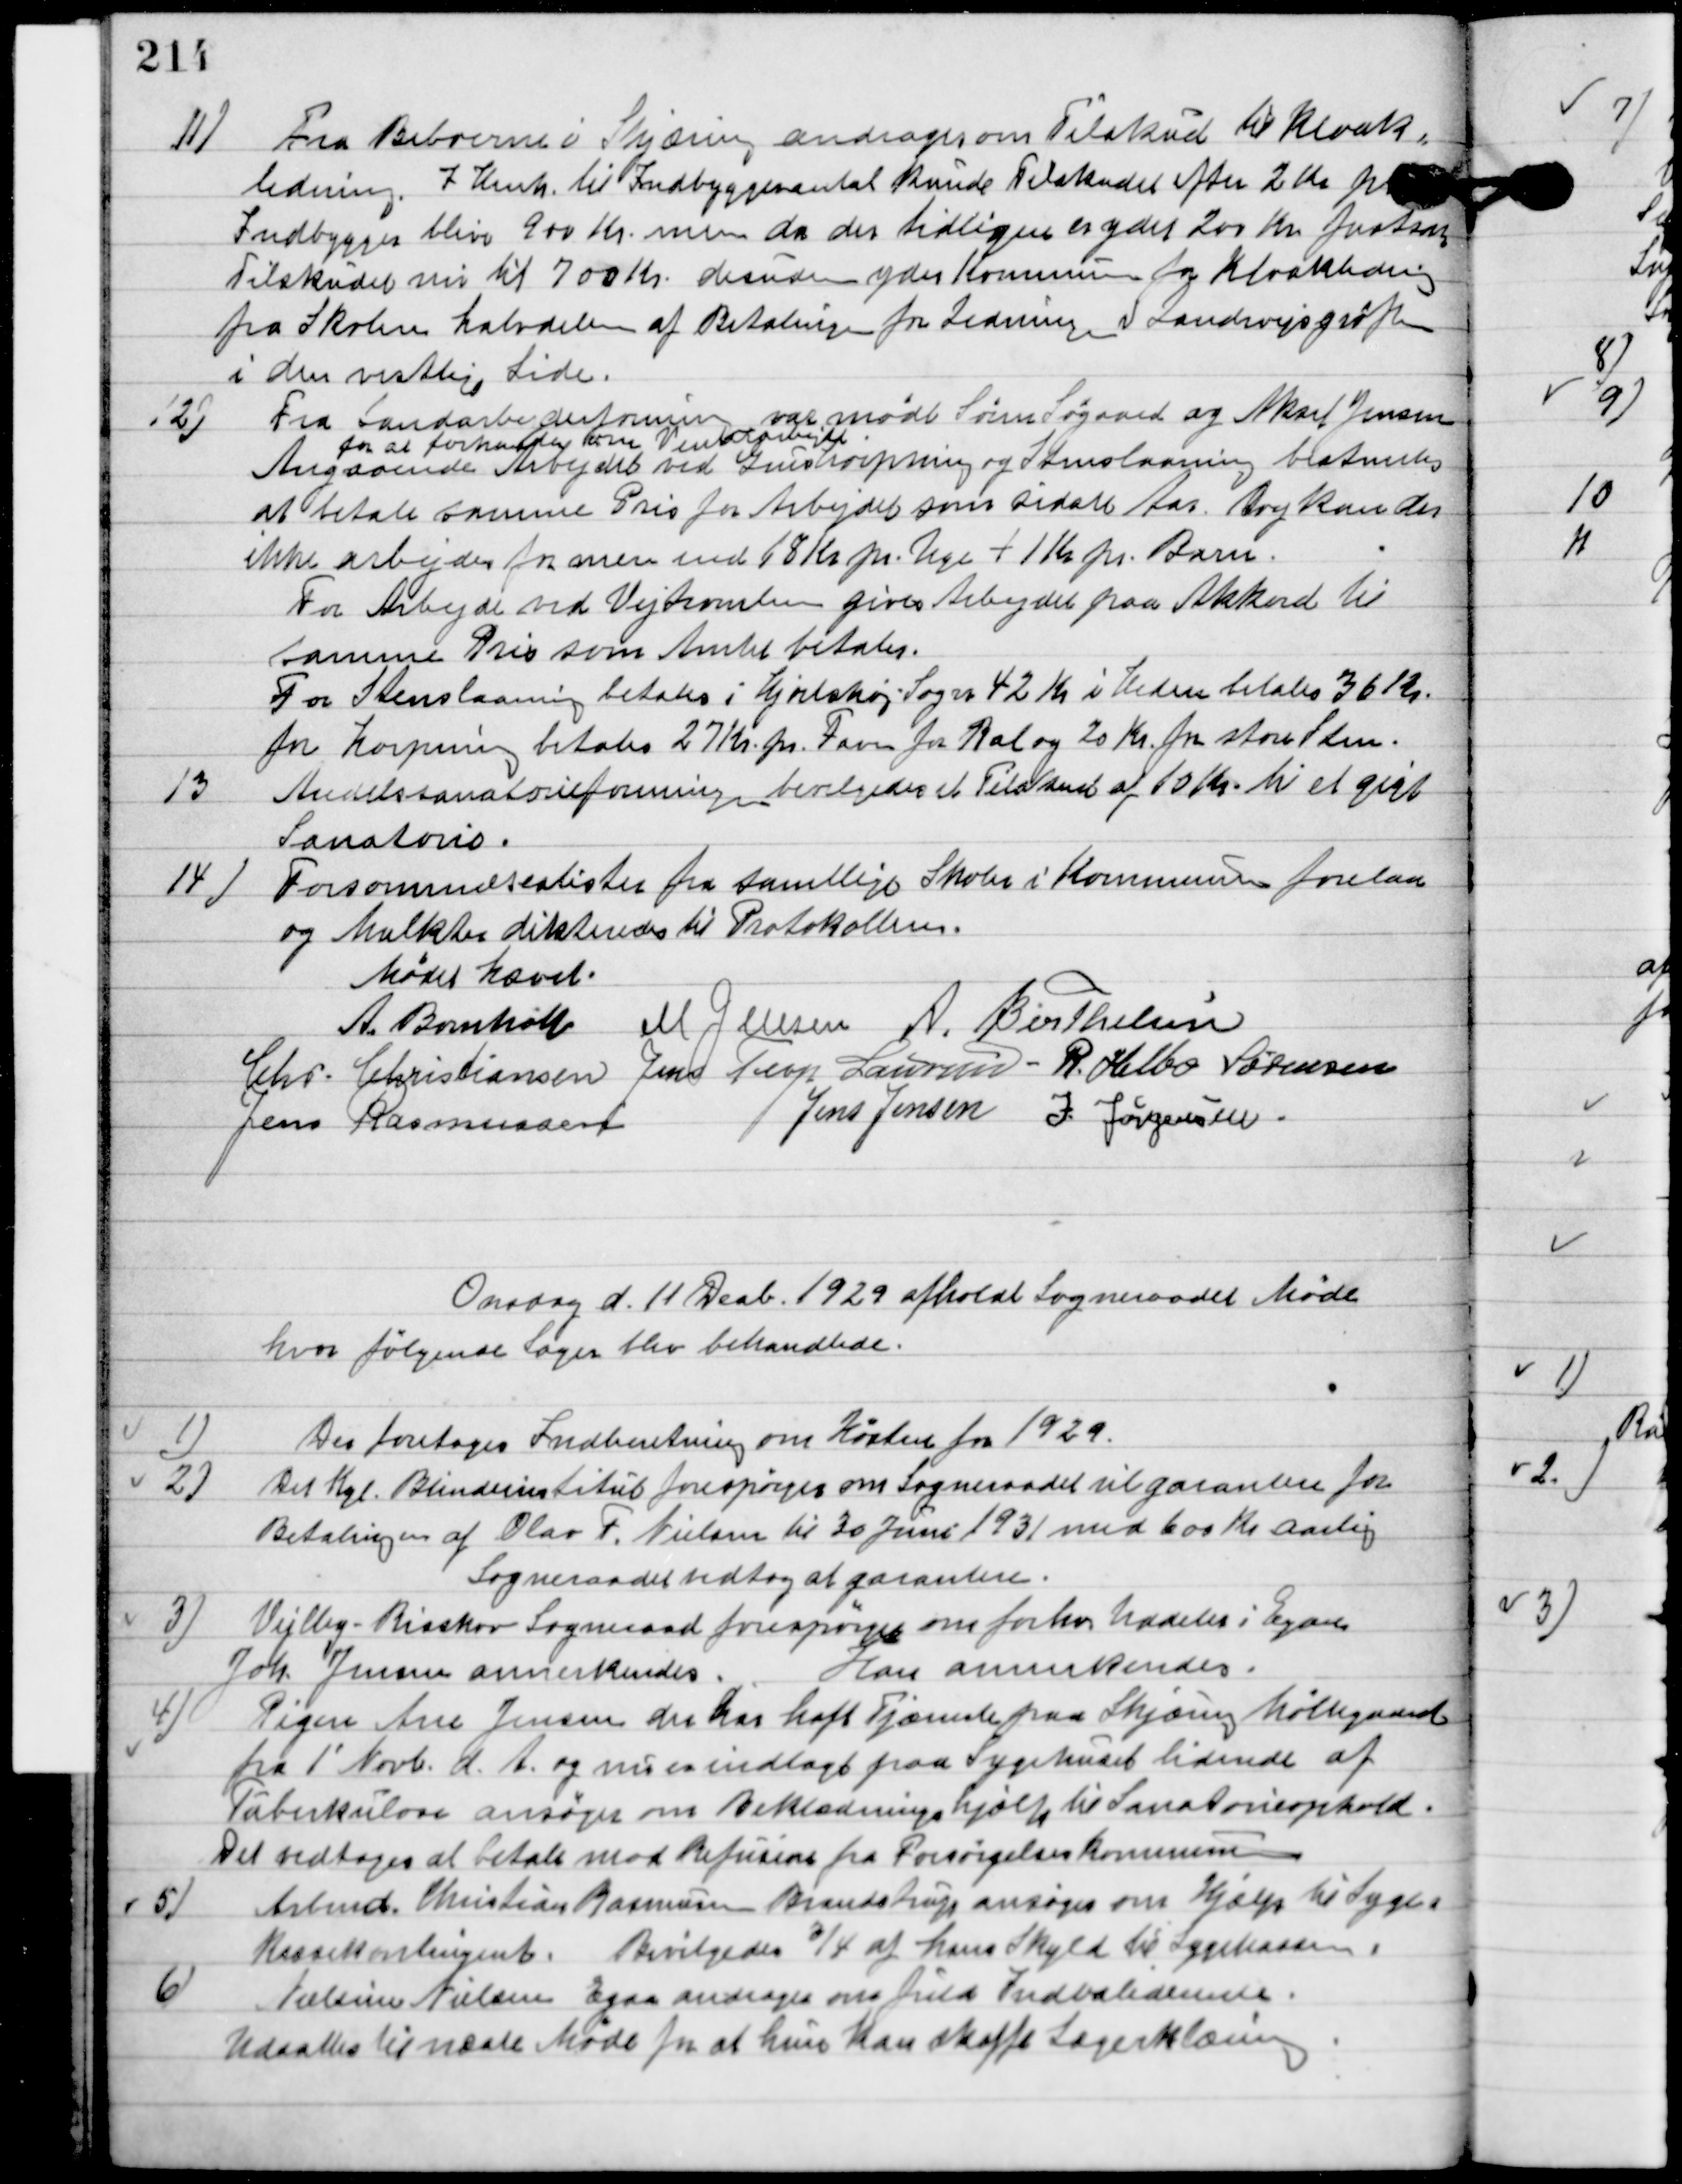
Transskription:
11

Fra Beboerne i Skjæring andrager om tilskud til Kloak-
ledning. I henh. til Indbyggerantallet kunde Tilskuddet efter 2 kr. pr.
Indbygger bliver 900 kr. men da der tidligere er ydet 200 Kr. fastsættes
Tilskuddet nu til 700 Kr. desuden yder Kommunen by Kloakledning
fra skolen halvdelen af Betalingen for Ledningen V. Landevejsgrøften
i den vestlige Side.

12

Fra Landarbejderforeningen var mødt Søren Søgaard og Aksel Jensen 
For at forhandle om Vinterarbejde.
Angaaende Arbejdet ved grustøpning og Stenslaaning bestemtes 
at betale samme Pris for Arbejdets som sidste Aar. Dog kan der 
ikke arbejdes for mere end 18 Kr. Uge + 11 Kr. pr. Barn.
For Arbejdet ved Vejtromlen gives Arbejdet paa Akkord til 
samme Pris som Amtet betaler.
For Stenslaaning betales i Hjortshøj Sogn 42 Kr. i Heden betales 36 Kr. 
for Harpning betales 27 Kr. pr. Favn for Ral og 20 Kr. for store Sten.

13

Andelssanatorieforening bevilgedes et Tilskud af 10 Kr. til et Gigt
Sanatorie.

14

Forsømmelseslister fra samtlige Skoler i Kommunen foretoges
og Mulkter dikteredes til Protokollen.

Mødet hævet.

Anders Bomholt
M. Jensen
A. Berthelsen
Chr. Christiansen
Jens Terp Laursen
R. Helbo Sørensen
Jens Rasmussen
Jens Jensen
I. Jørgensen

Onsdag d. 11. Decb. 1929 afholdt sognerådet Møde
hvor følgende Sager behandledes.

1

Der foretoges Indberetning om Høsten for 1929.

2

Det Kgl. Blindeinstitut forespørger om Sogneradet vil garantere for
betaling af Olav F. Nielsen til 30 Juni 1931 med 600 Kr. Aarlig
Sogneraadet vedtog at garantere.

3

Vejby-Risskov sogneraad forespørger om forhv. Uddeler i Egaa
Joh. Jensen annerkendes.
Han annerkendes.

4

Pigen Ane Jensen der har haft Tjæneste paa Skjæring Møllegaard
fra 1´ Novb. D. A. og nu er indlagt paa Sygehuset lidende af
Tuberkulose ansøger om Beklædningshjælp til Sanatoriets ophold.
Det vedtoges at betale mod Refusion fra Forsørger kommunen.

5

Arbmd. Christian Rasmussen Brandstrup ansøger om hjælp til syge-
kasse kontingent. Bevilgedes ¾ af hans Skyld til Sygekassen.

6

Sabine Nielsen Egaa andrager om fuld Invalide rente.
Udsættes til næste møde for at hun kan skaffe Lægeerklæring.